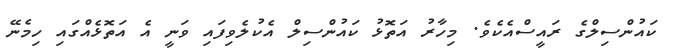
ކައުންސިލްގެ ރައީސްއެކެވެ. މިހާރު އަތޮޅު ކައުންސިލް އެކުލެވިފައި ވަނީ އެ އަތޮޅެއްގައި ހިމެނޭ